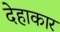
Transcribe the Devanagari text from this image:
देहाकार